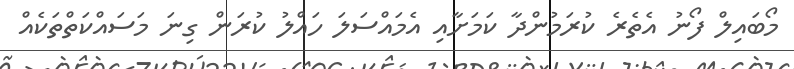
މޯބައިލް ފޯނު އެތެރެ ކުރަމުންދާ ކަމަށާއި އެމައްސަލަ ހައްލު ކުރަން ގިނަ މަސައްކަތްތަކެއް